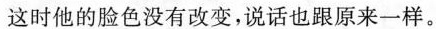
这时他的脸色没有改变，说话也跟原来一样。